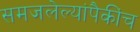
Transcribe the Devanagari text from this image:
समजलेल्यांपैकींच